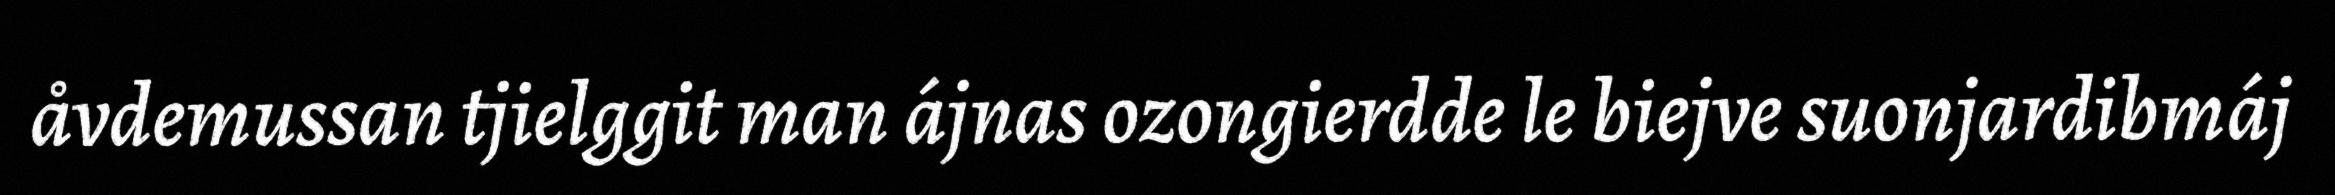
åvdemussan tjielggit man ájnas ozongierdde le biejve suonjardibmáj